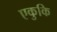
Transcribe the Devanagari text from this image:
एकुकि